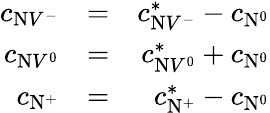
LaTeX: \begin{array}{rlr}{c_{\mathrm{N}V^{-}}}&{=}&{c_{\mathrm{N}V^{-}}^{*}-c_{\mathrm{N}^{0}}}\\ {c_{\mathrm{N}V^{0}}}&{=}&{c_{\mathrm{N}V^{0}}^{*}+c_{\mathrm{N}^{0}}}\\ {c_{\mathrm{N}^{+}}}&{=}&{c_{\mathrm{N}^{+}}^{*}-c_{\mathrm{N}^{0}}}\end{array}